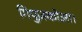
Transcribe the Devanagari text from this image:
गिपुज़कोआ।